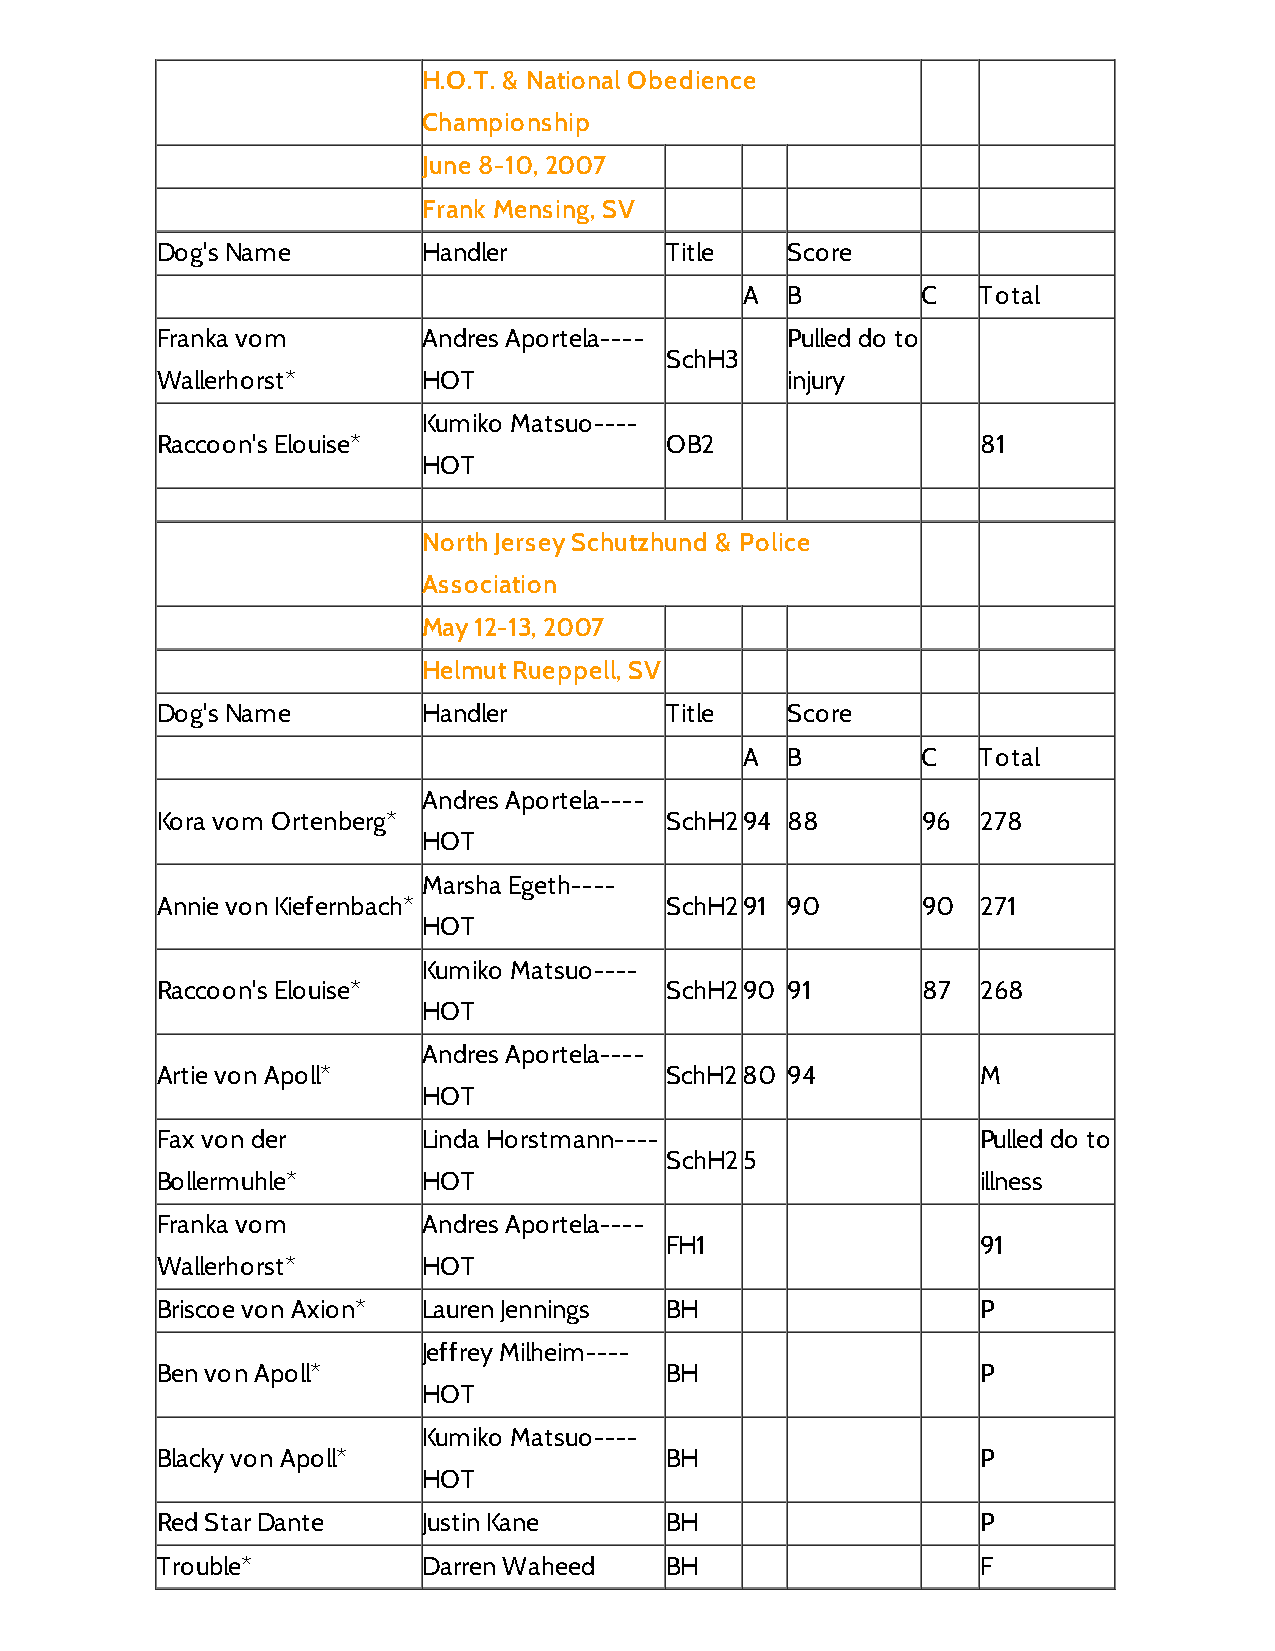
H.O.T. & National Obedience
 Championship
 June 8-10, 2007
 Frank Mensing, SV
 Dog's Name        Handler         Title   Score
 A  B        C   Total
 Franka vom        Andres Aportela----     Pulled do to
 SchH3
 Wallerhorst*      HOT                     injury
 Kumiko Matsuo----
 Raccoon's Elouise*                OB2                  81
 HOT
 North Jersey Schutzhund & Police
 Association
 May 12-13, 2007
 Helmut Rueppell, SV
 Dog's Name        Handler         Title   Score
 A  B        C   Total
 Andres Aportela----
 Kora vom Ortenberg*               SchH294 88       96  278
 HOT
 Marsha Egeth----
 Annie von Kiefernbach*            SchH291 90       90  271
 HOT
 Kumiko Matsuo----
 Raccoon's Elouise*                SchH290 91       87  268
 HOT
 Andres Aportela----
 Artie von Apoll*                  SchH280 94           M
 HOT
 Fax von der       Linda Horstmann----                  Pulled do to
 SchH25
 Bollermuhle*      HOT                                  illness
 Franka vom        Andres Aportela----
 FH1                  91
 Wallerhorst*      HOT
 Briscoe von Axion* Lauren Jennings BH                  P
 Jeffrey Milheim----
 Ben von Apoll*                    BH                   P
 HOT
 Kumiko Matsuo----
 Blacky von Apoll*                 BH                   P
 HOT
 Red Star Dante    Justin Kane     BH                   P
 Trouble*          Darren Waheed   BH                   F